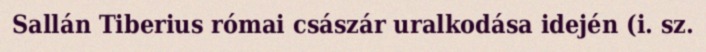
Sallán Tiberius római császár uralkodása idején (i. sz.